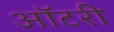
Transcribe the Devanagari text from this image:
ऑटरी